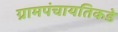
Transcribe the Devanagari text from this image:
ग्रामपंचायतिकडे